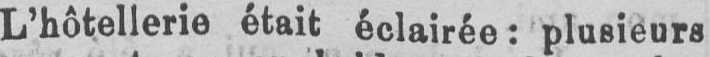
L’hôtellerie était éclairée: plusieurs